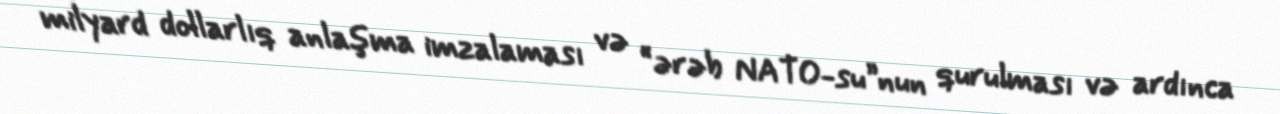
milyard dollarlıq anlaşma imzalaması və “ərəb NATO-su”nun qurulması və ardınca